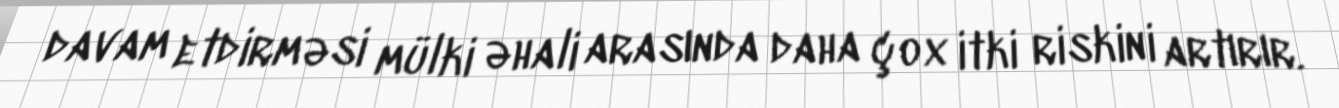
davam etdirməsi mülki əhali arasında daha çox itki riskini artırır.